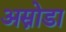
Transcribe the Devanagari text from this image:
अस्नोडा